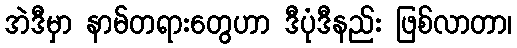
အဲဒီမှာ နာမ်တရားတွေဟာ ဒီပုံဒီနည်း ဖြစ်လာတာ၊